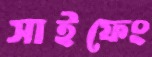
সাইফেং